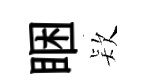
睏𣣇